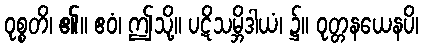
ဝုစ္စတိ၊ ၏။ ဧဝံ၊ ဤသို့။ ပဋိသမ္ဘိဒါယံ၊ ၌။ ဝုတ္တနယေနပိ၊